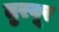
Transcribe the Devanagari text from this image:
तुरवूर